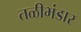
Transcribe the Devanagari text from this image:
तळीभंडार